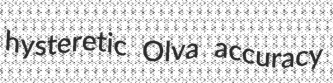
hysteretic Olva accuracy